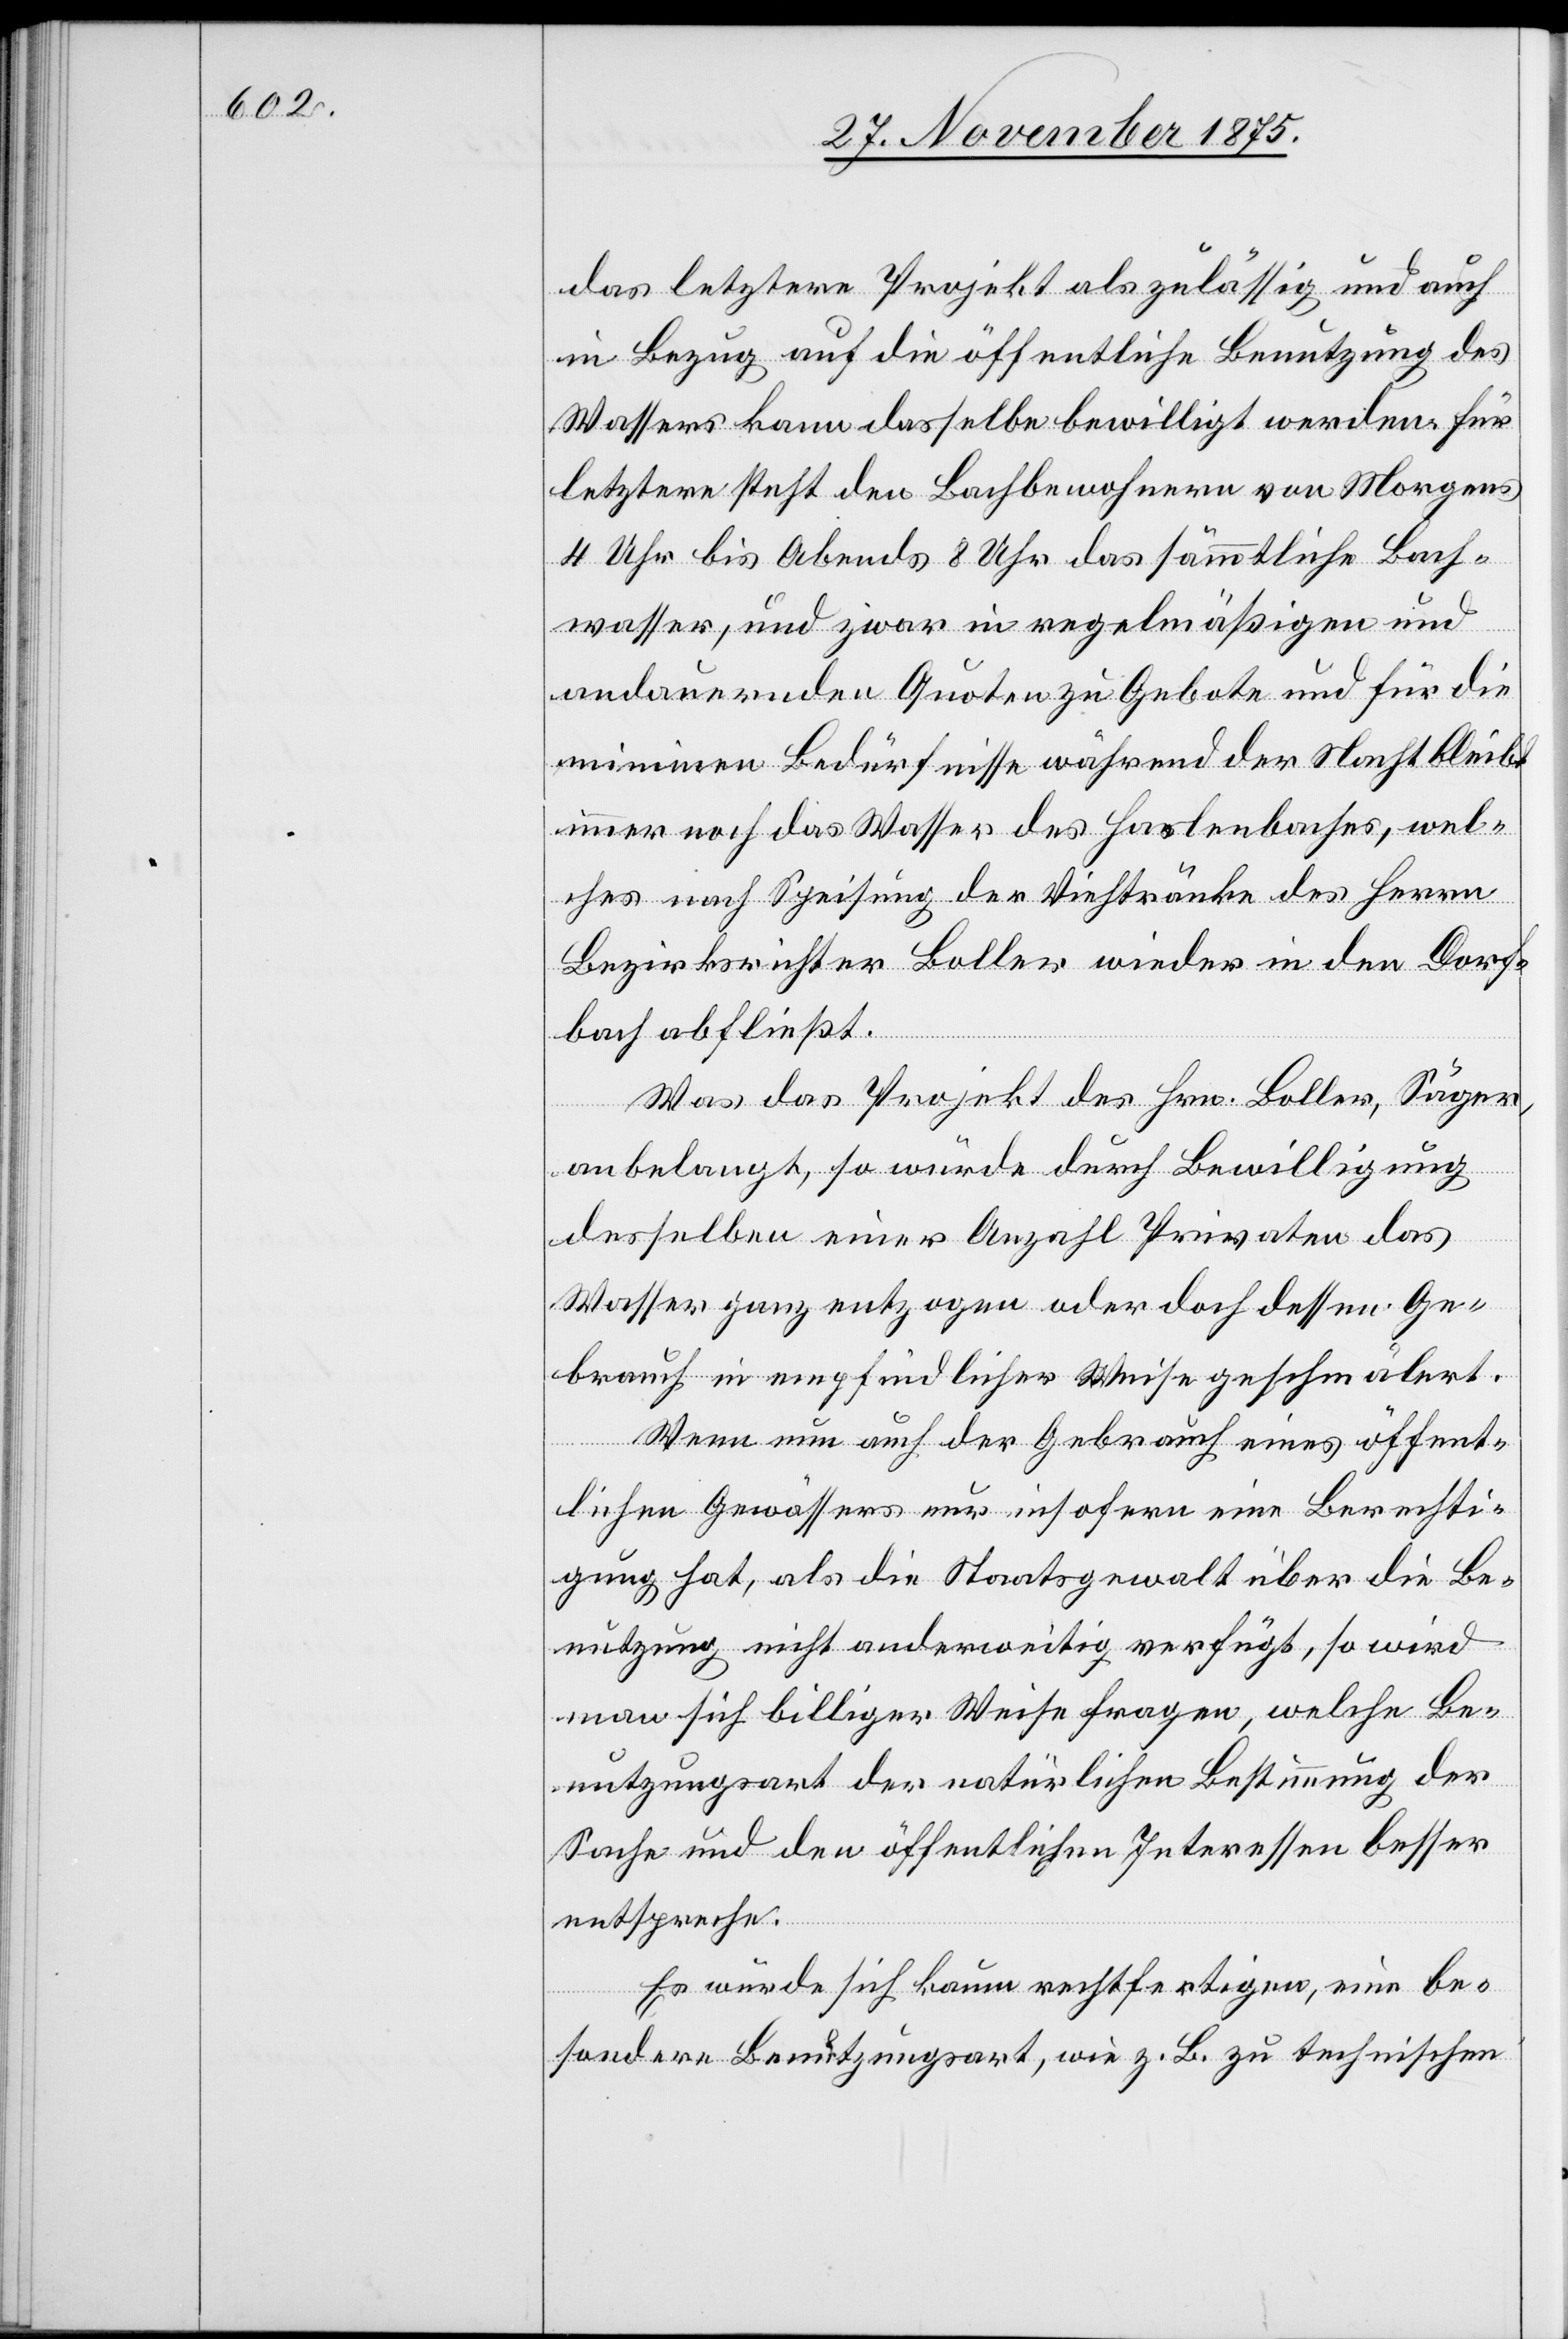
das letztere Projekt als zulässig und auch
in Bezug auf die öffentliche Benutzung des
Wassers kann dasselbe bewilligt werden. Für
letztere steht den Bachbewohnern von Morgens
4 Uhr bis Abends 8 Uhr das sämmtliche Bach¬
wasser, und zwar in regelmäßigen und
andauernden Quoten zu Gebote und für die
minimen Bedürfnisse während der Nacht bleibt
immer noch das Wasser des Haslenbaches, wel¬
ches nach Speisung der Viehtränke des Herrn
Bezirksrichter Boller wieder in den Dorf¬
bach abfließt.
Was das Projekt des Hrn. Boller, Säger,
anbelangt, so würde durch Bewilligung
desselben einer Anzahl Privaten das
Wasser ganz entzogen oder doch dessen Ge¬
brauch in empfindlicher Weise geschmälert.
Wenn nun auch der Gebrauch eines öffent¬
lichen Gewässers nur insofern eine Berechti¬
gung hat, als die Staatsgewalt über die Be¬
nutzung nicht anderweitig verfügt, so wird
man sich billiger Weise fragen, welche Be¬
nutzungsart der natürlichen Bestimmung der
Sache und den öffentlichen Interessen besser
entspreche.
Es würde sich kaum rechtfertigen, eine be¬
sondere Benutzungsart, wie z. B. zu technischen